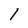
Character: l